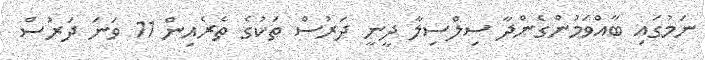
ނަމުގައި ބާއްވަމުންގެންދާ ސިލްސިލާ ދީނީ ދަރުސް ތަކުގެ ތެރެއިން 11 ވަނަ ދަރުސް